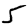
Digit: 5